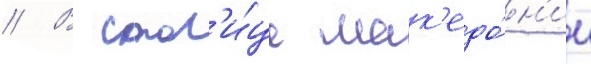
// В стол'и́це мак'едо́н'ии